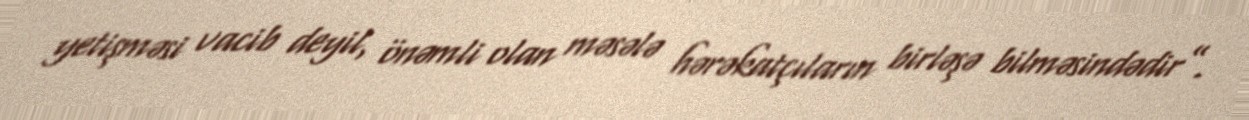
yetişməsi vacib deyil, önəmli olan məsələ hərəkatçıların birləşə bilməsindədir”.